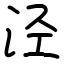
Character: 泾